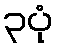
၃ပုံ